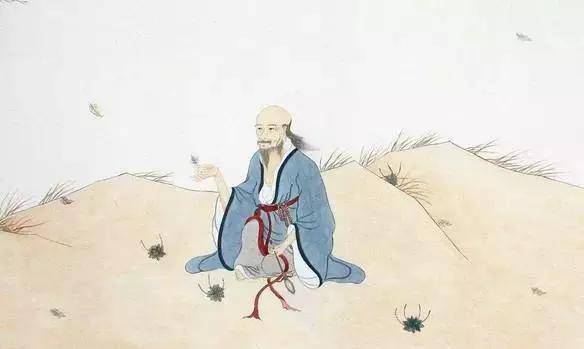
好面誉人者，亦好背而毁之。